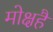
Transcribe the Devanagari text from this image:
मोक्षहै